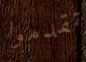
تقدموا